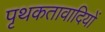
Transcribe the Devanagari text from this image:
पृथकतावादियों